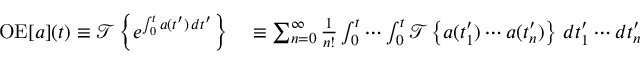
\begin{array} { r l } { \operatorname { O E } [ a ] ( t ) \equiv { \mathcal { T } } \left\{ e ^ { \int _ { 0 } ^ { t } a ( t ^ { \prime } ) \, d t ^ { \prime } } \right\} } & { { } \equiv \sum _ { n = 0 } ^ { \infty } { \frac { 1 } { n ! } } \int _ { 0 } ^ { t } \cdots \int _ { 0 } ^ { t } { \mathcal { T } } \left\{ a ( t _ { 1 } ^ { \prime } ) \cdots a ( t _ { n } ^ { \prime } ) \right\} \, d t _ { 1 } ^ { \prime } \cdots d t _ { n } ^ { \prime } } \end{array}